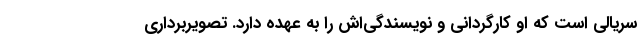
سریالی است که او کارگردانی و نویسندگی‌اش را به عهده دارد. تصویربرداری